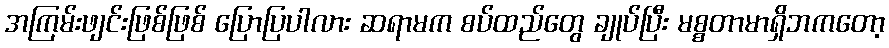
အကြမ်းဖျင်းဖြစ်ဖြစ် ပြောပြပါလား ဆရာမက စပ်ထည်တွေ ချုပ်ပြီး မစ္စတာမာရှိဘကတော့